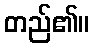
တည်၏။